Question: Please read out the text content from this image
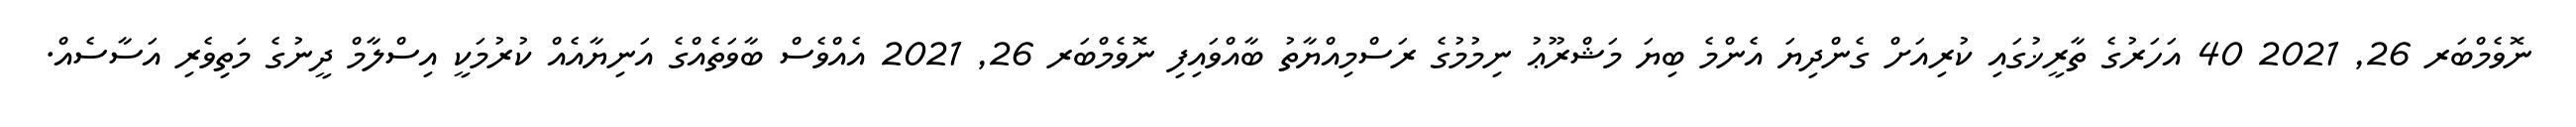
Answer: ނޮވެމްބަރ 26, 2021 40 އަހަރުގެ ތާރީޚުގައި ކުރިއަށް ގެންދިޔަ އެންމެ ބިޔަ މަޝްރޫޢު ނިމުމުގެ ރަސްމިއްޔާތު ބާއްވައިފި ނޮވެމްބަރ 26, 2021 އެއްވެސް ބާވަތެއްގެ އަނިޔާއެއް ކުރުމަކީ އިސްލާމް ދީނުގެ މަތިވެރި އަސާސެއް.